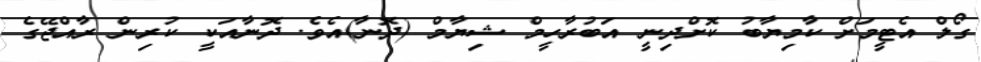
ގޯލް އެޓީމަށް ކާމިޔާބު ކޮށްދިނީ އަބުރާހީމް ޝިޔާމް (ދޮނާ)އެވެ. ދޮނާއަކީ ކުރިން ރާއްޖޭގެ